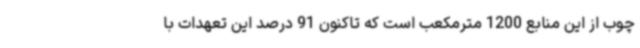
چوب از این منابع 1200 مترمکعب است که تاکنون 91 درصد این تعهدات با